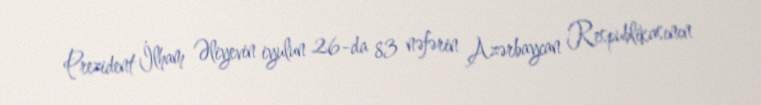
Prezident İlham Əliyevin iyulun 26-da 83 nəfərin Azərbaycan Respublikasının